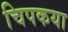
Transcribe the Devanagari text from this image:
चिपकया